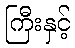
ကြီးနှင့်